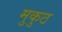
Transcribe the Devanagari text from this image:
मुकुठ